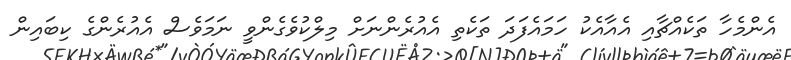
އެންމެހާ ތަކެއްޗާއި އެއާއެކު ހަމައެފަދަ ތަކެތި އެއުރެންނަށް މިލްކުވެގެންވީ ނަމަވެސް އެއުރެންގެ ކިބައިން